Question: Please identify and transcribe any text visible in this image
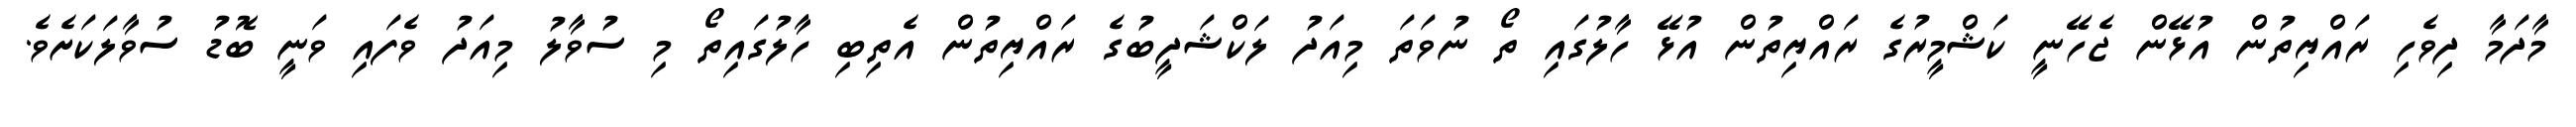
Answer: މާދަމާ ދިވެހި ރައްޔިތުން އުޅޭން ޖެހޭނީ ކަޝްމީރުގެ ރައްޔިތުން އުޅޭ ހާލުގައި ތޯ ނުވަތަ މިއަދު ލަކްޝަދީބުގެ ރައްޔިތުން އެތިބި ހާލުގައިތޯ މި ސުވާލު މިއަދު ވެފައި ވަނީ ބޮޑު ސުވާލަކަށެވެ.